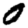
Digit: 0